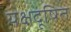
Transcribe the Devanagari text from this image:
यक्षदूषित